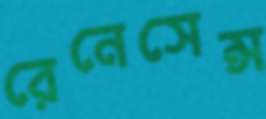
রেনেসেন্স